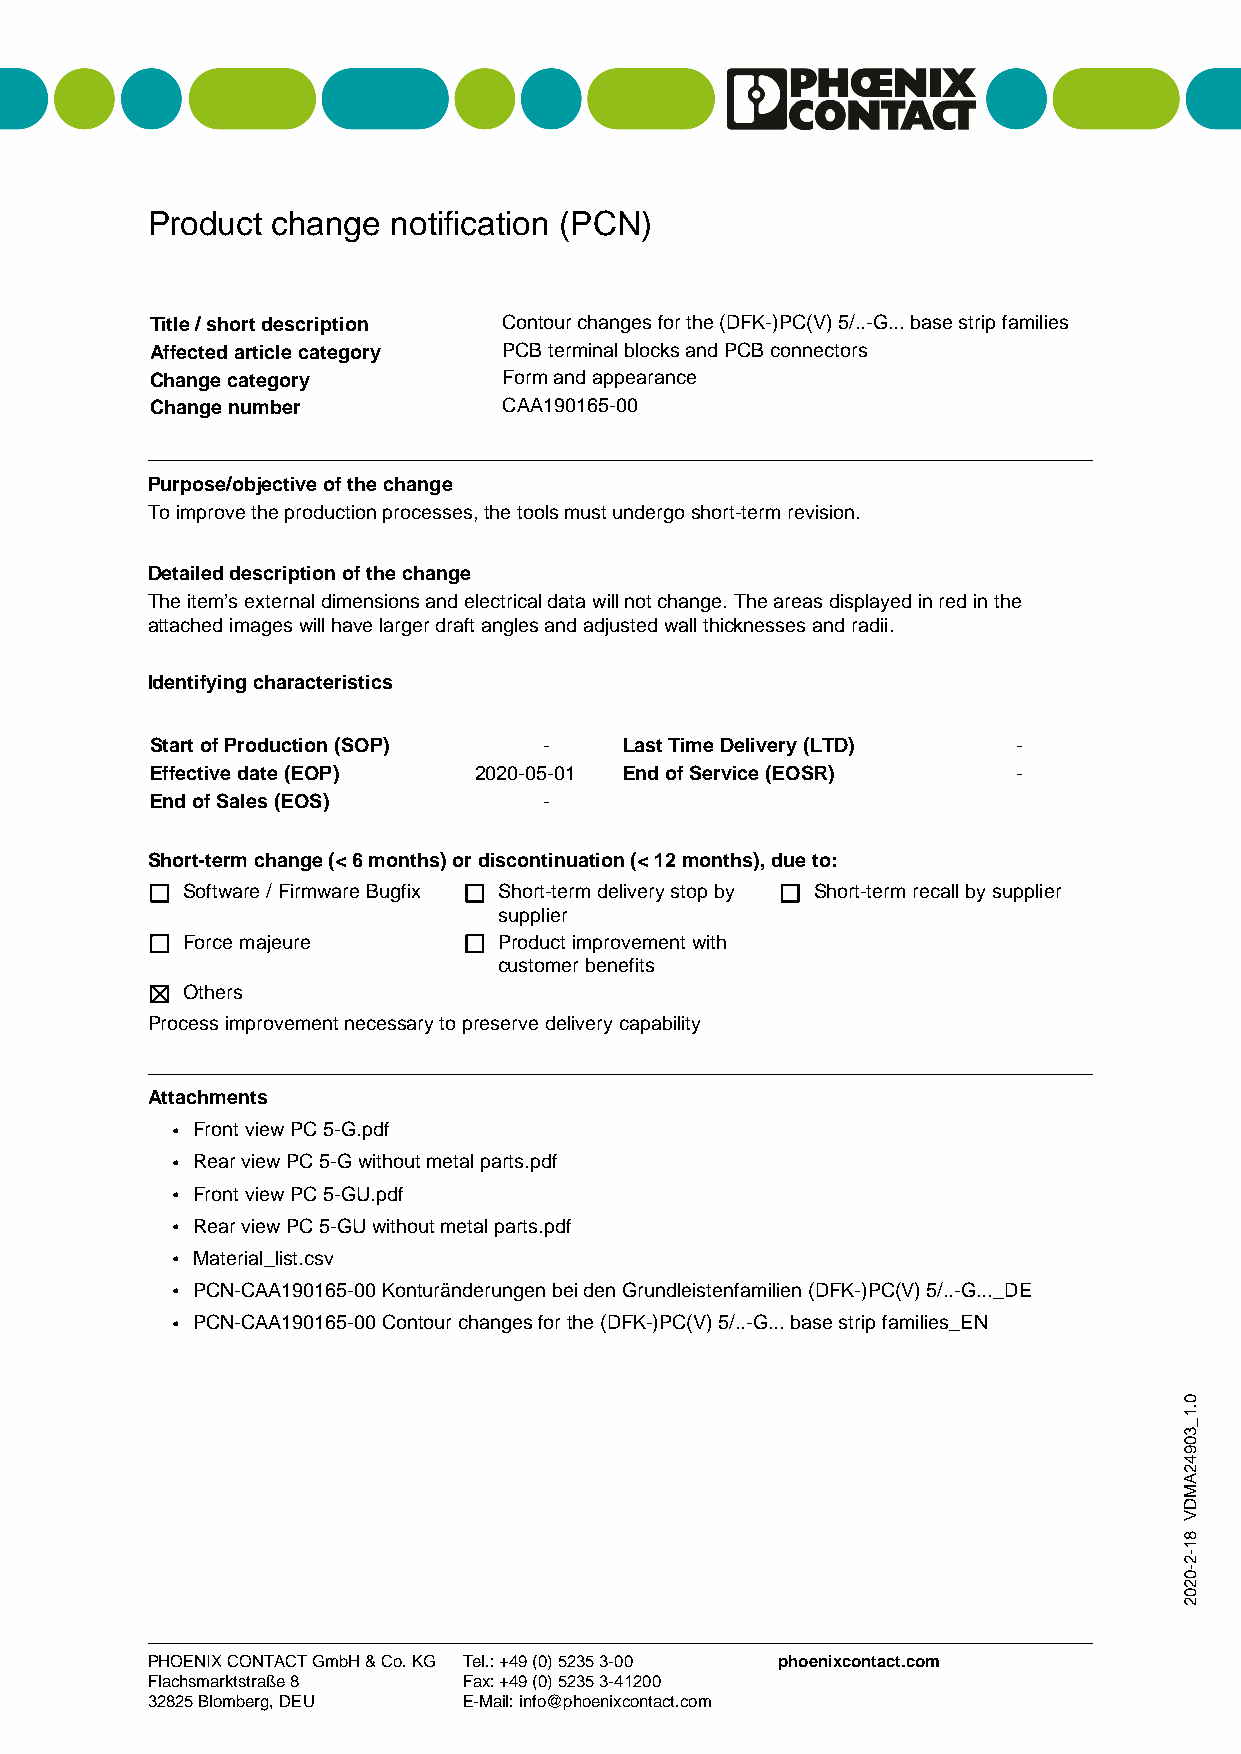
Product change  notification (PCN)
 Title / short description Contour changes for the (DFK-)PC(V) 5/..-G... base strip families
 Affected article category PCB terminal blocks and PCB connectors
 Change category        Form and appearance
 Change number          CAA190165-00
 Purpose/objective of the change
 To improve the production processes, the tools must undergo short-term revision.
 Detailed description of the change
 The item’s external dimensions and electrical data will not change. The areas displayed in red in the
 attached images will have larger draft angles and adjusted wall thicknesses and radii.
 Identifying characteristics
 Start of Production (SOP) -    Last Time Delivery (LTD)  -
 Effective date (EOP) 2020-05-01 End of Service (EOSR)    -
 End of Sales (EOS)        -
 Short-term change (< 6 months) or discontinuation (< 12 months), due to:
 Software / Firmware Bugfix Short-term delivery stop by Short-term recall by supplier
 supplier
 Force majeure        Product improvement with
 customer benefits
 Others
 Process improvement necessary to preserve delivery capability
 Attachments
 • Front view PC 5-G.pdf
 • Rear view PC 5-G without metal parts.pdf
 • Front view PC 5-GU.pdf
 • Rear view PC 5-GU without metal parts.pdf
 • Material_list.csv
 • PCN-CAA190165-00 Konturänderungen bei den Grundleistenfamilien (DFK-)PC(V) 5/..-G..._DE
 • PCN-CAA190165-00 Contour changes for the (DFK-)PC(V) 5/..-G... base strip families_EN
 PHOENIX CONTACT GmbH & Co. KG Tel.: +49 (0) 5235 3-00 phoenixcontact.com
 Flachsmarktstraße 8  Fax: +49 (0) 5235 3-41200
 32825 Blomberg, DEU  E-Mail: info@phoenixcontact.com
 0.1_30942AMDV
 81-2-0202